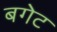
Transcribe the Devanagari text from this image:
बगेट